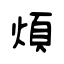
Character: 煩